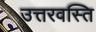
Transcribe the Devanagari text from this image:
उत्तरवस्ति